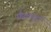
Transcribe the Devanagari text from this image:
फ्रँकफुर्ट